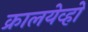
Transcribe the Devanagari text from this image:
क्रालयेव्हो